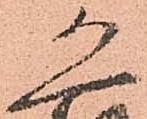
恐